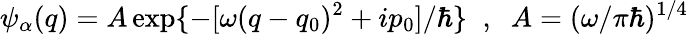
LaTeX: \psi_{\alpha}(q)=A\exp\{ -[\omega(q-q_{0})^{2}+ip_{0}]/\hbar\} \; \; ,\; \; A=(\omega/\pi\hbar)^{1/4}